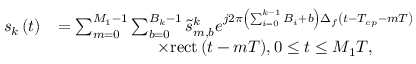
\begin{array} { r l } { { s _ { k } } \left( t \right) } & { = \sum _ { m = 0 } ^ { { M _ { 1 } - 1 } } \sum _ { b = 0 } ^ { { B _ { k } - 1 } } { { \tilde { s } _ { m , b } ^ { k } } { e ^ { j 2 \pi \left( { \sum _ { i = 0 } ^ { k - 1 } { { B _ { i } } } + b } \right) \Delta _ { f } \left( { t - { T _ { c p } } - m { T } } \right) } } } } \\ & { \qquad \qquad \qquad \times { \mathrm { { r e c t } } \left( { t - m { T } } \right) } , 0 \le t \le { M _ { 1 } } { T } , } \end{array}